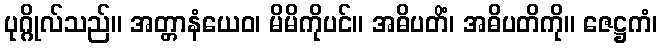
ပုဂ္ဂိုလ်သည်။ အတ္တာနံယေဝ၊ မိမိကိုပင်။ အဓိပတိံ၊ အဓိပတိကို။ ဇေဋ္ဌကံ၊